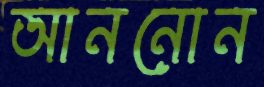
আননোন